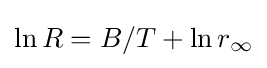
\ln R=B/T+\ln r_{\infty }